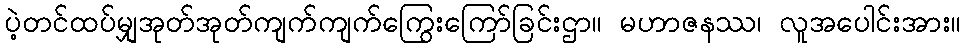
ပဲ့တင်ထပ်မျှအုတ်အုတ်ကျက်ကျက်ကြွေးကြော်ခြင်းဌာ။ မဟာဇနဿ၊ လူအပေါင်းအား။